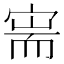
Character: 𫳟